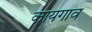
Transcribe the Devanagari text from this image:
कायगाव